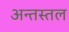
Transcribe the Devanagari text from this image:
अन्तस्तल